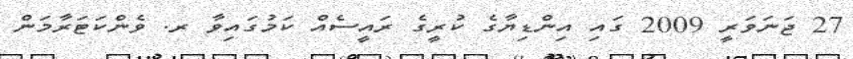
27 ޖަނަވަރީ 2009 ގައި އިންޑިޔާގެ ކުރީގެ ރައީސެއް ކަމުގައިވާ ރ. ވެންކަޓަރާމަން